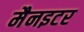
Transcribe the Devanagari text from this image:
मैनइटर